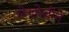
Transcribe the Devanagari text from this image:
शेखोजीने